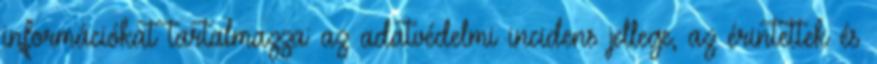
információkat tartalmazza: az adatvédelmi incidens jellege, az érintettek és